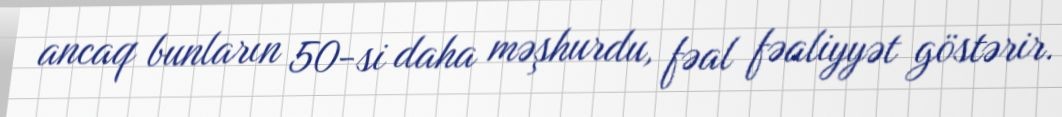
ancaq bunların 50-si daha məşhurdu, fəal fəaliyyət göstərir.